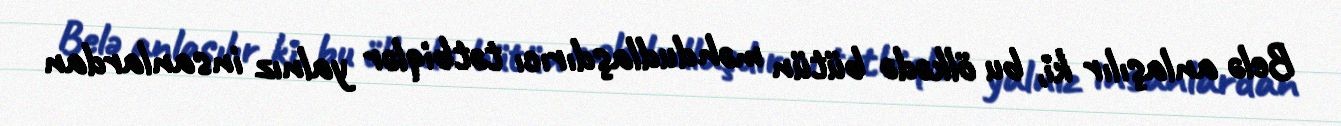
Belə anlaşılır ki, bu ölkədə bütün məhdudlaşdırıcı tətbiqlər yalnız insanlardan